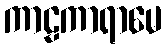
ကာဠကာရာမေ